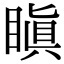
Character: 瞋